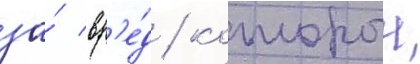
за́ вр'е́д / которыи